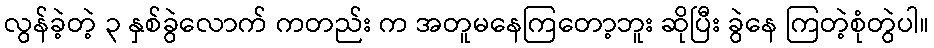
လွန်ခဲ့တဲ့ ၃ နှစ်ခွဲလောက် ကတည်း က အတူမနေကြတော့ဘူး ဆိုပြီး ခွဲနေ ကြတဲ့စုံတွဲပါ။